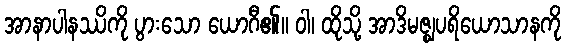
အာနာပါနဿိကို ပွားသော ယောဂီ၏။ ဝါ၊ ထိုသို့ အာဒိမဇ္ဈပရိယောသာနကို